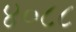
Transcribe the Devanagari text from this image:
४०८८